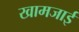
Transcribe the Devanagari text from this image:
खामजाई